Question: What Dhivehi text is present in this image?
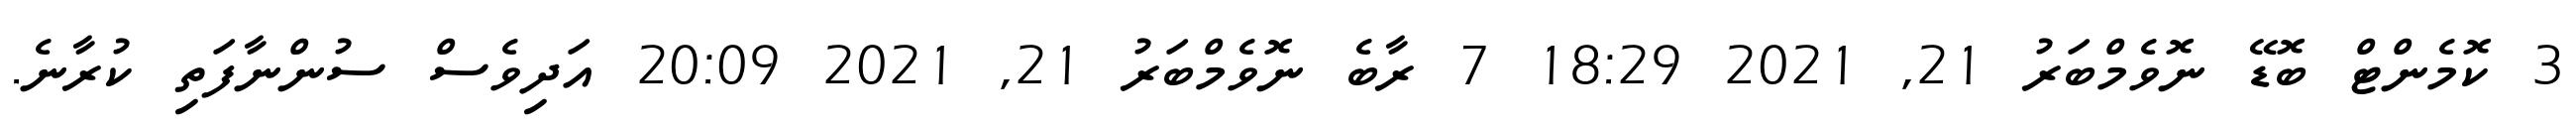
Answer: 3 ކޮމެންޓް ބޮޑޭ ނޮވެމްބަރު 21, 2021 18:29 7 ރާބެ ނޮވެމްބަރު 21, 2021 20:09 އަދިވެސް ސުންނާފަތި ކުރާނެ.